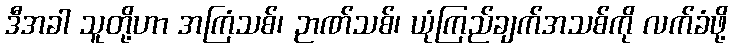
ဒီအခါ သူတို့ဟာ အကြံသစ်၊ ဉာဏ်သစ်၊ ယုံကြည်ချက်အသစ်ကို လက်ခံဖို့